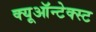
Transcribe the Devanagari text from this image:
क्यूऑन्टेक्स्ट